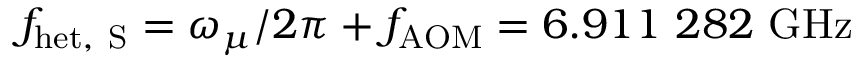
f _ { \mathrm { h e t , ~ S } } = \omega _ { \mu } / 2 \pi + f _ { \mathrm { A O M } } = 6 . 9 1 1 ~ 2 8 2 ~ \mathrm { G H z }